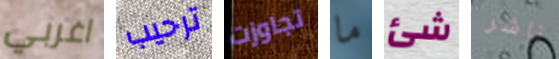
اغربي ترحيب تجاوزت ما شئ ناشر